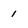
Character: 1